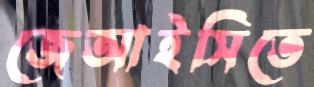
জেআইসিতে